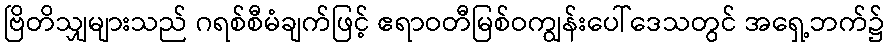
ဗြိတိသျှများသည် ဂရစ်စီမံချက်ဖြင့် ဧရာဝတီမြစ်ဝကျွန်းပေါ်ဒေသတွင် အရှေ့ဘက်၌